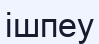
ішпеу